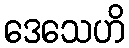
ဒေသေဟိ